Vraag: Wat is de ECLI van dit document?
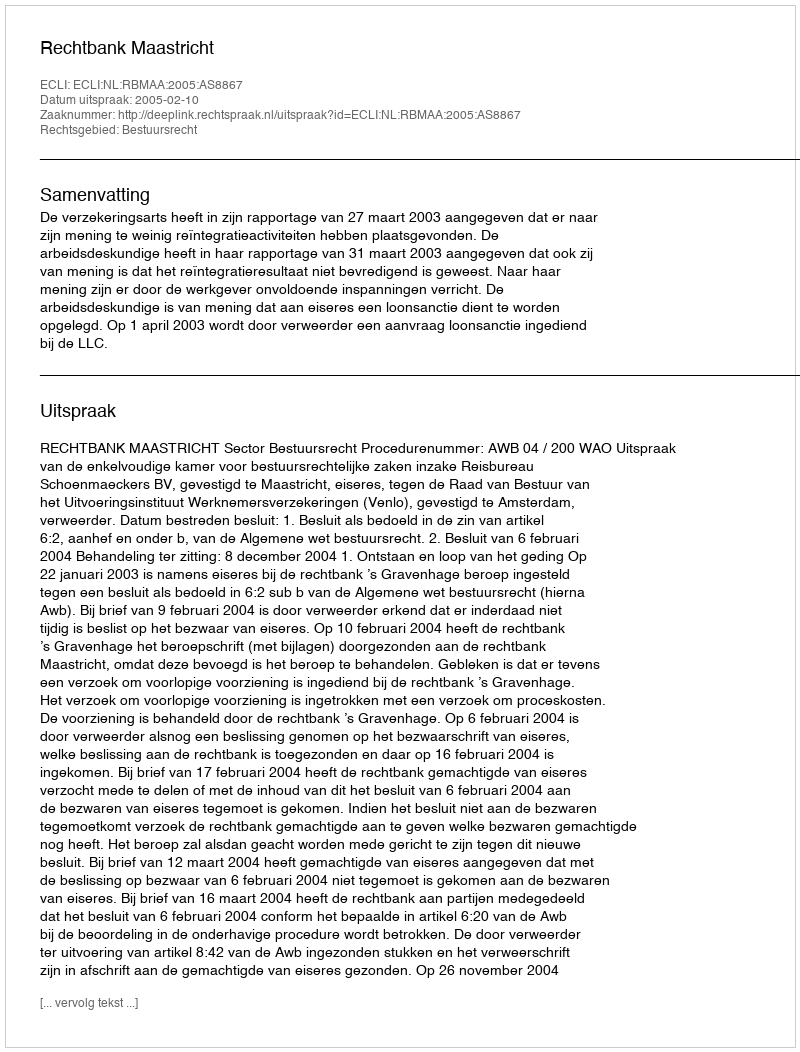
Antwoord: ECLI:NL:RBMAA:2005:AS8867